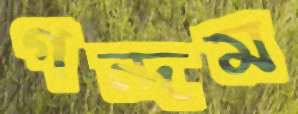
গন্দম